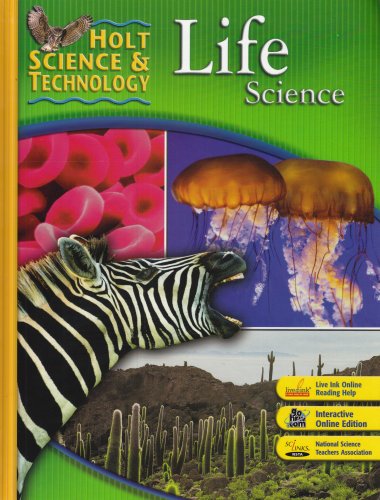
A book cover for Holt Science & Technology: Life Science; Children's Books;